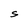
Character: S